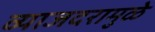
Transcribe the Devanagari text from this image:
व्याजदरामुळे